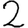
Digit: 2